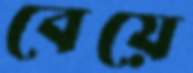
বেয়ে